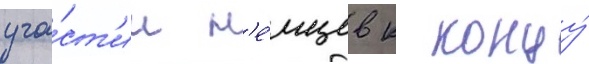
уча́ст'ии н'е́мцев к концу́